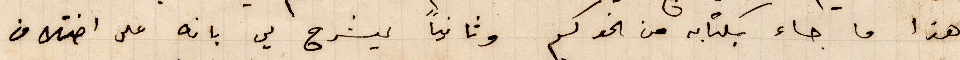
هذا ما جاء بكتابه من اخوكم وثانيًا ليشرح لي بانه على اختلاف